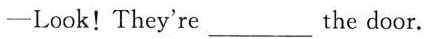
-Look!They're ___ the door.